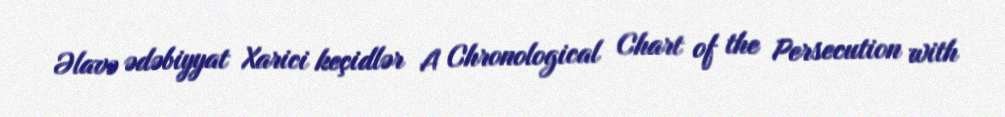
Əlavə ədəbiyyat Xarici keçidlər A Chronological Chart of the Persecution with